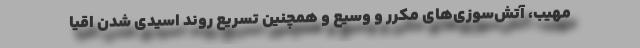
مهیب، آتش‌سوزی‌های مکرر و وسیع و همچنین تسریع روند اسیدی شدن اقیا